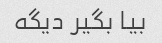
بیا بگیر دیگه